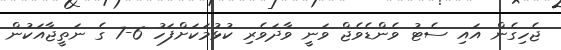
ޖެހިގެން އައި ސެޓު ވެންޑެވެޖް ވަނީ ވާދަވެރި ކުޅުމަކަށްފަހު 6-7 ގެ ނަތީޖާއަކުން